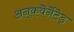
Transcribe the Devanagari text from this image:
अन्‌कवॆनॆंटॆड्